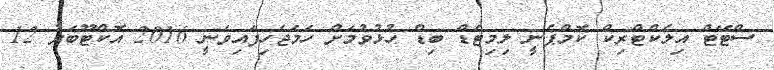
ސްޓޭޓް އިލެކްޓްރިކް ކޮމްޕެނީ ލިމިޓެޑް ބިޑް ހުޅުވުމަށް ހަމަޖެހިފައިވަނީ 2016 އޮކްޓޫބަރު 12